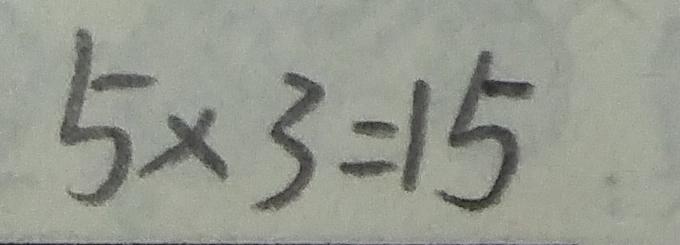
5 \times 3 = 1 5